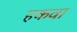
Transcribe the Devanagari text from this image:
हकवा